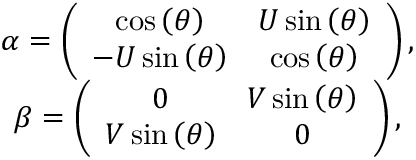
\begin{array} { c } { { \alpha = \left( \begin{array} { c c } { { \cos \left( \theta \right) } } & { { U \sin \left( \theta \right) } } \\ { { - U \sin \left( \theta \right) } } & { { \cos \left( \theta \right) } } \end{array} \right) , } } \\ { { \beta = \left( \begin{array} { c c } { { 0 } } & { { V \sin \left( \theta \right) } } \\ { { V \sin \left( \theta \right) } } & { { 0 } } \end{array} \right) , } } \end{array}